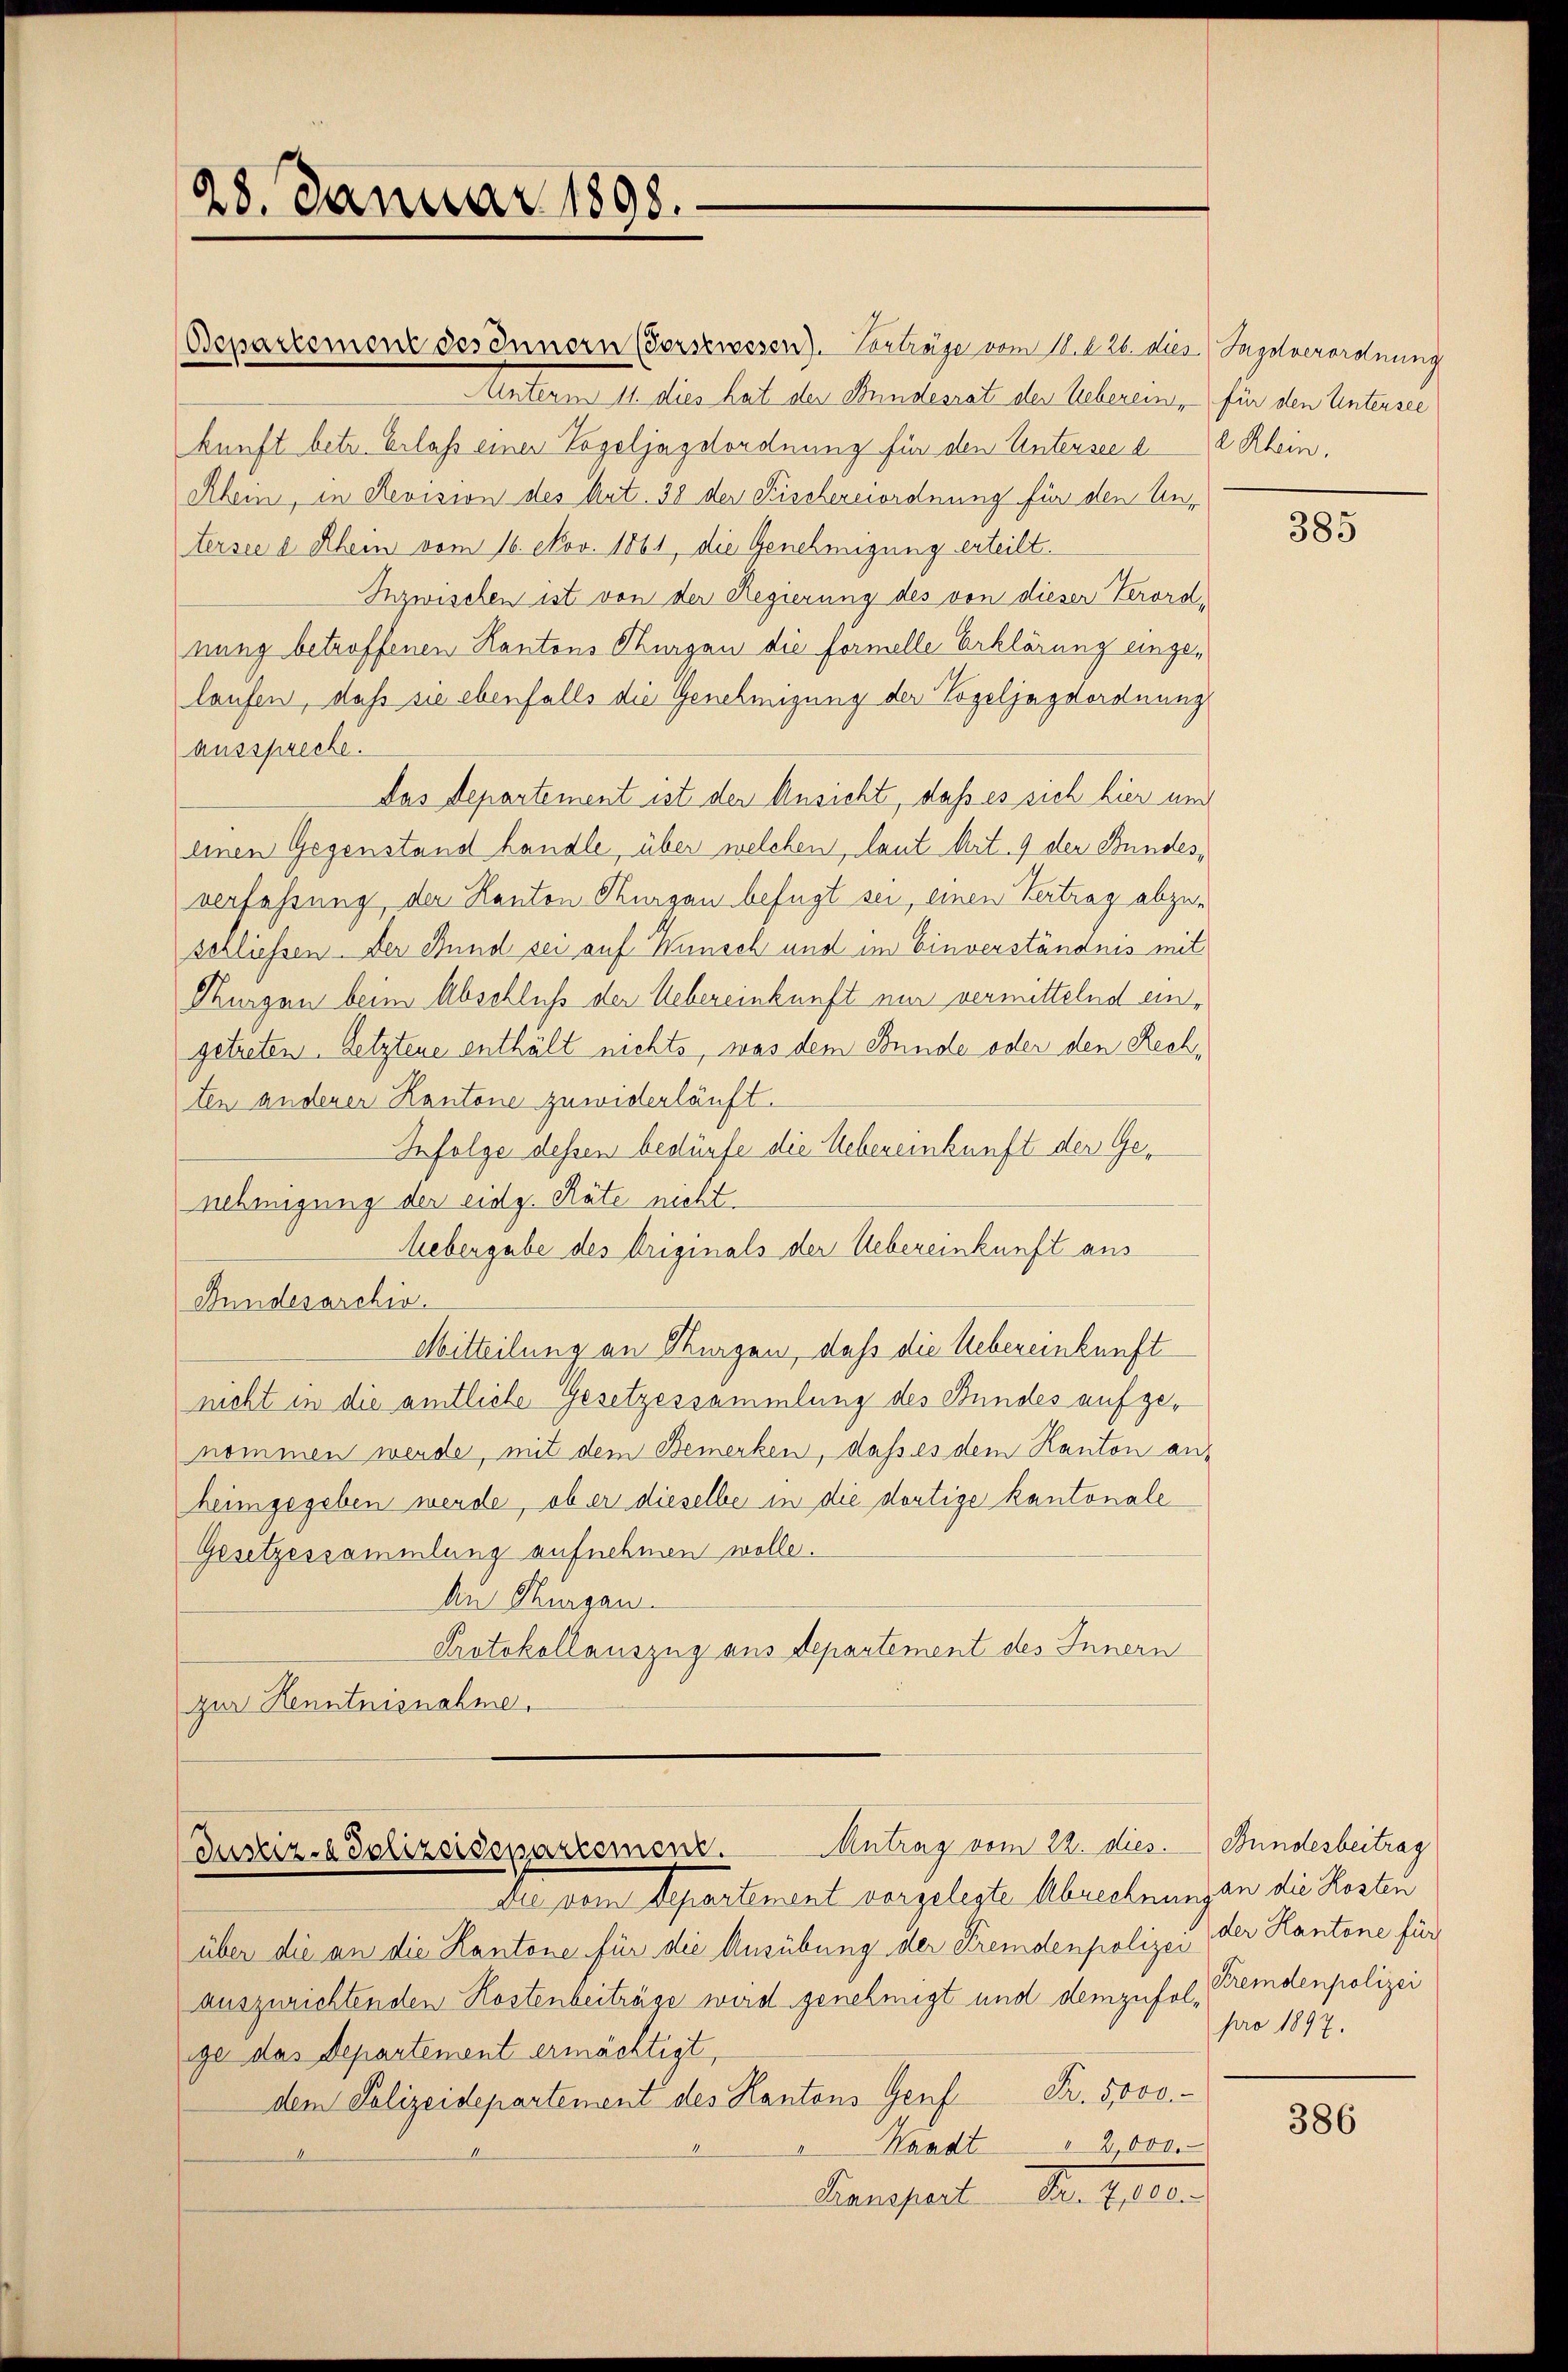
28. Januar 1898.

Repartement des Innern (Vorstwesen). Vorträge vom 14. d. 26. dies Tagsverordnung
Unterm 11. dies hat der Bundesrat der Ueberein, für den Untersee
kunft betr. Erlass einer Vogeljagdordnung für den Untersee a. 2 Klein,
Rhein, in Revision des Art. 38 der Fischeresordnung für den Untersee d Rhein vom 16. Nov. 1861, die Genehmigung erteilt.
Inzwischen ist von der Regierung des von dieser Verordnung betroffenen Kantons Thurgau die Formelle Erklärung eingelaufen, daß sie ebenfalls die Genehmigung der Vogeljagdordnung
ausspreche.
Das Departement ist der Ansicht, daß es sich hier und
einen Gegenstand handle, über welchen, laut Art. 9 der Bundes,
verfahrung der Kanton Thurgau befugt sei, einen Vertrag abzuschliessen. Der Bund sei auf Wunsch und im Einverständnis mit
Thurgen beim Abschluß der Uebereinkunft nur vermittelnd eingetreten. Letztene enthält nichts, was dem Bunde oder den Rechten anderer Kantone zuwiderläuft.
Infolge dessen bedürfe die Uebereinkunft der Genehmigung der eidg. Räte nicht.
Lebengabe des Originals der Uebereinkunft aus
Bundesarchiv.
Mitteilung an Morgen, daß die Uebereinkunft
nicht in die amtliche Gesetzessammlung des Bundes aufgenommen werde, mit dem Bemerken, daß es dem Kanton ans
heimgegeben werde, ob er dieselbe in die dortige kantonale
Gesetzessammlung aufnehmen wolle.
An Thurgau.
Protokollauszug aus departement des Innern
zur Kenntnisnahme.

Justiz- & Polizeisepartement. Antrag vom 22. dies

die vom Departement vorgelegte Abrechnung an die Kosten
über die an die Kantone für die Ausübung der Fremdenpolizei (der Kantone für
auszurichtenden Kostenbeiträge wird genehmigt und demzufolge das Departement ermächtigt,
dem Polizeidepartement des Kantons Genf Fr. 5000.
Waadt
en
Kampert der Gele

385

Bundesbeitrag
Fremdenpolizei
pro 1897.

386